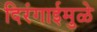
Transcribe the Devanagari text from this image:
दिरंगाईमुळे